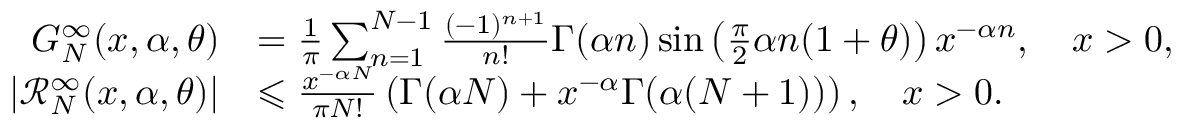
\begin{array} { r l } { G _ { N } ^ { \infty } ( x , \alpha , \theta ) } & { = \frac { 1 } { \pi } \sum _ { n = 1 } ^ { N - 1 } \frac { ( - 1 ) ^ { n + 1 } } { n ! } \Gamma ( \alpha n ) \sin \left( \frac { \pi } { 2 } \alpha n ( 1 + \theta ) \right) x ^ { - \alpha n } , \quad x > 0 , } \\ { | \mathcal { R } _ { N } ^ { \infty } ( x , \alpha , \theta ) | } & { \leqslant \frac { x ^ { - \alpha N } } { \pi N ! } \left( \Gamma ( \alpha N ) + x ^ { - \alpha } \Gamma ( \alpha ( N + 1 ) ) \right) , \quad x > 0 . } \end{array}